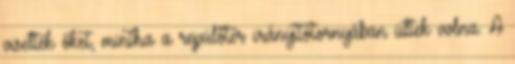
viselték őket, mintha a repülőtér irányítótornyában ültek volna. A